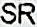
SR